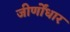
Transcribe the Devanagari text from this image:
जीर्णोंधार